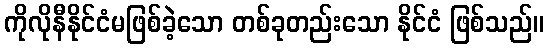
ကိုလိုနီနိုင်ငံမဖြစ်ခဲ့သော တစ်ခုတည်းသော နိုင်ငံ ဖြစ်သည်။